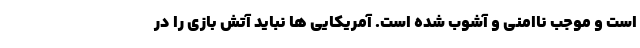
است و موجب ناامنی و آشوب شده است. آمریکایی ها نباید آتش بازی را در